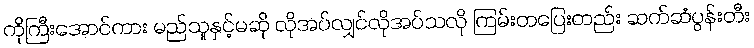
ကိုကြီးအောင်ကား မည်သူနှင့်မဆို လိုအပ်လျှင်လိုအပ်သလို ကြမ်းတပြေးတည်း ဆက်ဆံပွန်းတီး